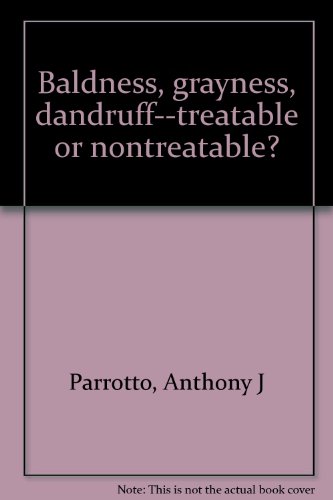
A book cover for Baldness, grayness, dandruff--treatable or nontreatable?; Anthony J Parrotto; Health, Fitness & Dieting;